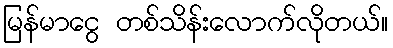
မြန်မာငွေ တစ်သိန်းလောက်လိုတယ်။